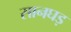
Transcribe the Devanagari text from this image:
सानघड़